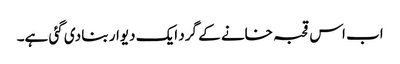
اب اس قحبہ خانے کے گرد ایک دیوار بنا دی گئی ہے۔